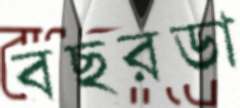
বছরডা